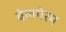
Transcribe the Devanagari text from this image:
बेलगेरम